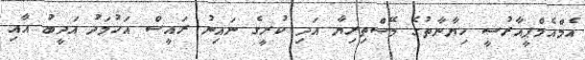
އެމްއެމްޕީއާރުސީ ހިޔާނާތުގެ މޭސްތިރިޔާ އަދި ކުރީގެ ނައިނު ރައީސް އަހުމަދު އަދީބު އާއި